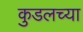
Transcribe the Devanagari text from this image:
कुडलच्या